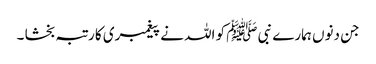
جن دنوں ہمارے نبی ﷺ کو اللہ نے پیغمبری کا رتبہ بخشا ۔